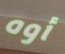
أوه